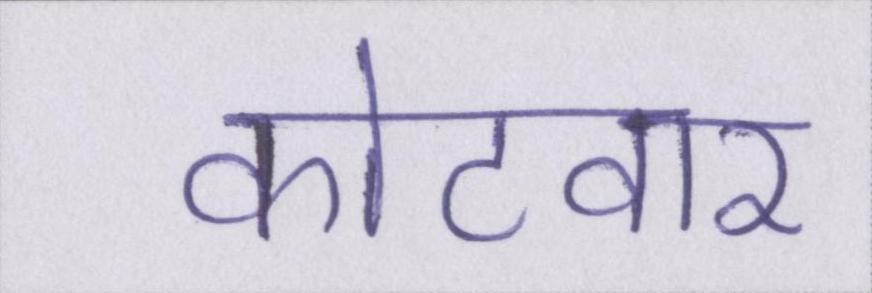
कोटवार